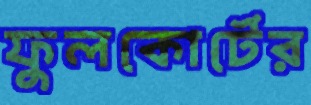
ফুলকোর্টের